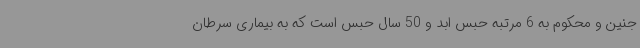
جنین و محکوم به 6 مرتبه حبس ابد و 50 سال حبس است که به بیماری سرطان